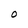
Character: O